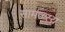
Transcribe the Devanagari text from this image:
सामंज्स्य